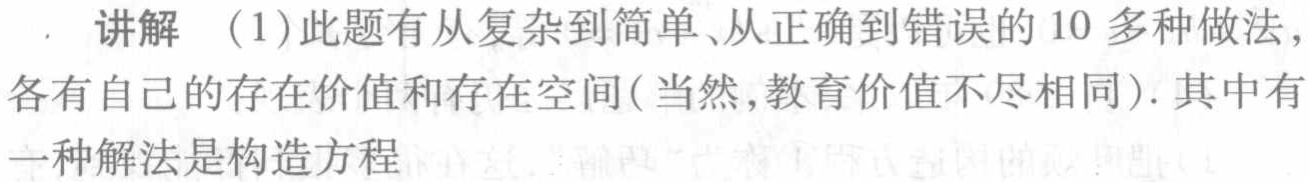
讲解 （1）此题有从复杂到简单、从正确到错误的 10 多种做法，各有自己的存在价值和存在空间(当然,教育价值不尽相同). 其中有一种解法是构造方程